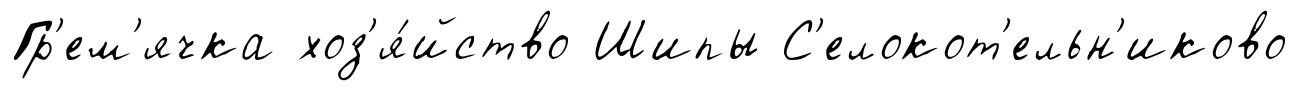
Гр'ем'ячка хоз'я́йство Шипы С'елокот'ельн'иково